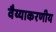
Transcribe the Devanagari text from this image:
वैय्याकरणीय